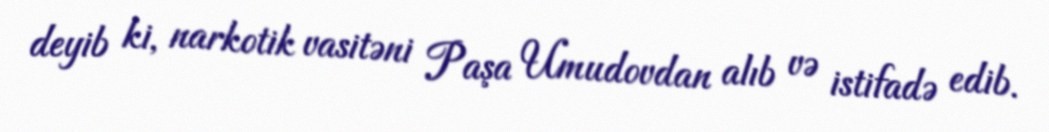
deyib ki, narkotik vasitəni Paşa Umudovdan alıb və istifadə edib.